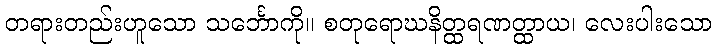
တရားတည်းဟူသော သင်္ဘောကို။ စတုရောဃနိတ္ထရဏတ္ထာယ၊ လေးပါးသော